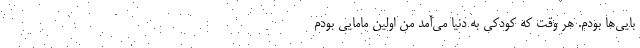
بایی‌ها بودم. هر وقت که کودکی به دنیا می‌آمد من اولین مامایی بودم